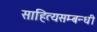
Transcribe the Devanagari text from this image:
साहित्यसम्बन्धी